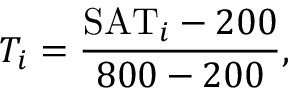
T _ { i } = \frac { \mathrm { S A T } _ { i } - 2 0 0 } { 8 0 0 - 2 0 0 } ,